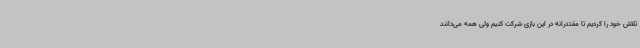
تلاش خود را کردیم تا مقتدرانه در این بازی شرکت کنیم ولی همه می‌دانند